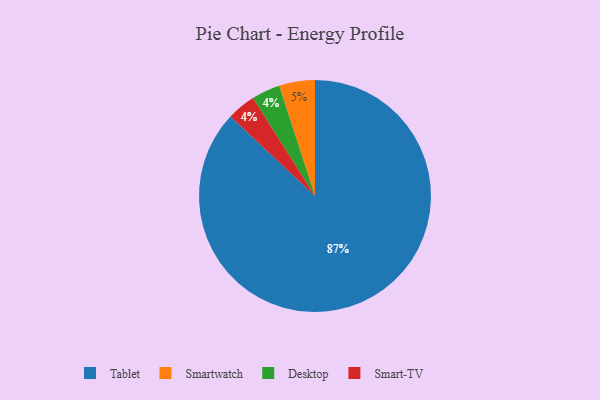
{"axis": {"x": "Category", "y": "Percentage"}, "legend": ["Desktop", "Smart-TV", "Smartwatch", "Tablet"], "data": [{"x": "Smartwatch", "y": 5, "type": "Smartwatch"}, {"x": "Tablet", "y": 87, "type": "Tablet"}, {"x": "Desktop", "y": 4, "type": "Desktop"}, {"x": "Smart-TV", "y": 4, "type": "Smart-TV"}]}